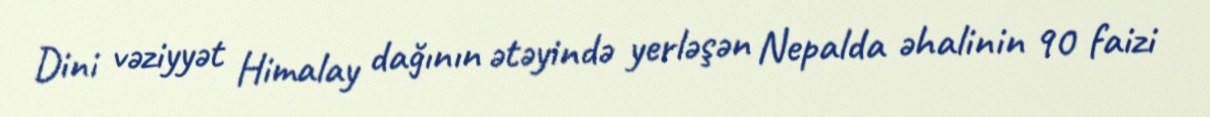
Dini vəziyyət Himalay dağının ətəyində yerləşən Nepalda əhalinin 90 faizi